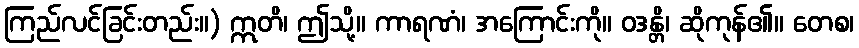
ကြည်လင်ခြင်းတည်း။) ဣတိ၊ ဤသို့။ ကာရဏံ၊ အကြောင်းကို။ ဝဒန္တိ၊ ဆိုကုန်၏။ တေစ၊